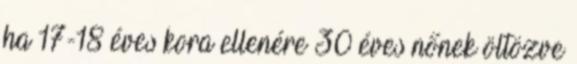
ha 17-18 éves kora ellenére 30 éves nőnek öltözve